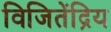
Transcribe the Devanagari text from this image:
विजितेंद्रिय